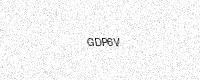
Text: GDP6V